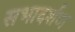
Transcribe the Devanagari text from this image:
सभादर्शण